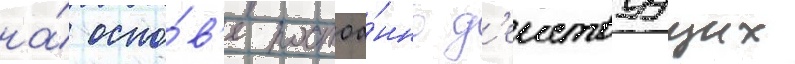
на́ осно́в'е постоа́нно д'еиствуущих